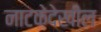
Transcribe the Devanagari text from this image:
नाटकेदेखील